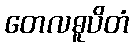
တေလဓူပိတံ